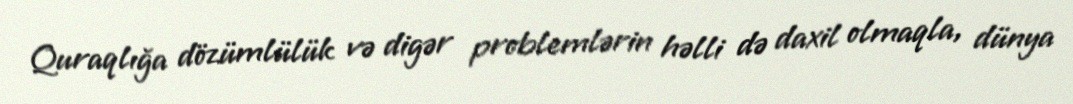
Quraqlığa dözümlülük və digər problemlərin həlli də daxil olmaqla, dünya